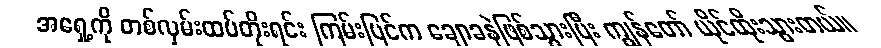
အရှေ့ကို တစ်လှမ်းထပ်တိုးရင်း ကြမ်းပြင်က ချောခနဲဖြစ်သွားပြီး ကျွန်တော် ယိုင်ထိုးသွားတယ်။